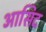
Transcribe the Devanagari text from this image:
आसिद